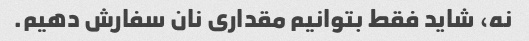
نه، شاید فقط بتوانیم مقداری نان سفارش دهیم.